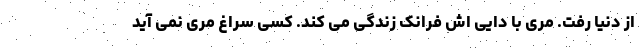
از دنیا رفت. مری با دایی اش فرانک زندگی می کند. کسی سراغ مری نمی آید